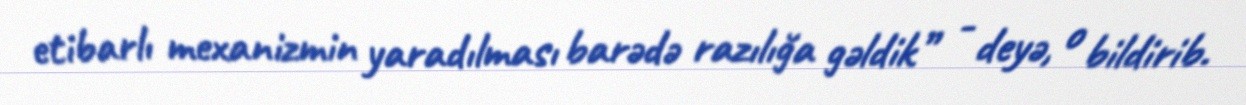
etibarlı mexanizmin yaradılması barədə razılığa gəldik” - deyə, o bildirib.